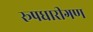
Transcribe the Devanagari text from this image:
रूपधारीगण